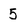
Character: 5